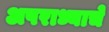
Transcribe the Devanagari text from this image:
अपराध्याचे